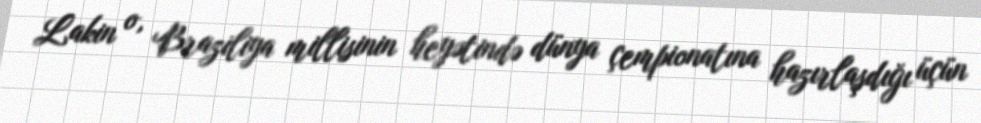
Lakin o, Braziliya millisinin heyətində dünya çempionatına hazırlaşdığı üçün